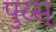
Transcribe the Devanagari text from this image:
पुरस्